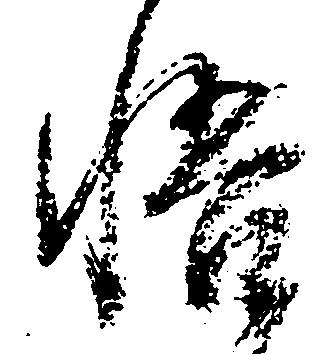
悟